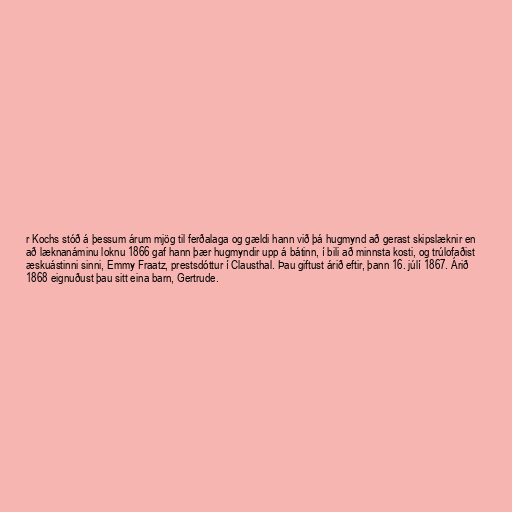
r Kochs stóð á þessum árum mjög til ferðalaga og gældi hann við þá hugmynd að gerast skipslæknir en
að læknanáminu loknu 1866 gaf hann þær hugmyndir upp á bátinn, í bili að minnsta kosti, og trúlofaðist
æskuástinni sinni, Emmy Fraatz, prestsdóttur í Clausthal. Þau giftust árið eftir, þann 16. júlí 1867. Árið
1868 eignuðust þau sitt eina barn, Gertrude.